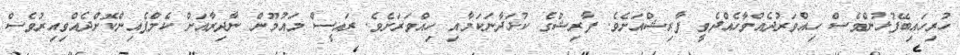
ހުރިހައިބޭފުޅުންވެސް ހިއްވަރުދެއްވާހެއްދެވީ ފާރިޝްއަށެވެ. ފާރިޝްގެ ކުޅަދާނަކަމާއި ހިއްވަރަށެވެ. ރައީސް މައުމޫން ނާދިރާއަށް ކެމްޕެއިންކޮށްދެއްވިއިރުވެސް